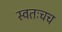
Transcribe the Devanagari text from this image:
स्वतःचच